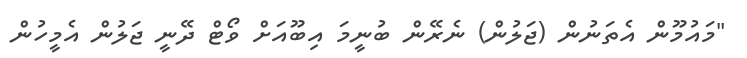
"މައުމޫން އެތަނުން (ޖަލުން) ނެރޭން ބުނީމަ އިބޫއަށް ވޯޓް ދޭނީ ޖަލުން އެމީހުން